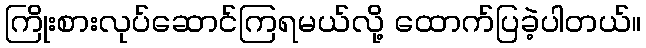
ကြိုးစားလုပ်ဆောင်ကြရမယ်လို့ ထောက်ပြခဲ့ပါတယ်။